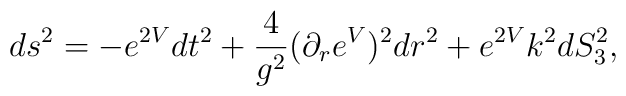
ds^{2}=-e^{2V}dt^{2}+{\frac{4}{g^{2}}(}\partial_{r}e^{V})^{2}dr^{2}+e^{2V}k^{2}dS_{3}^{2},